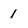
Character: 1